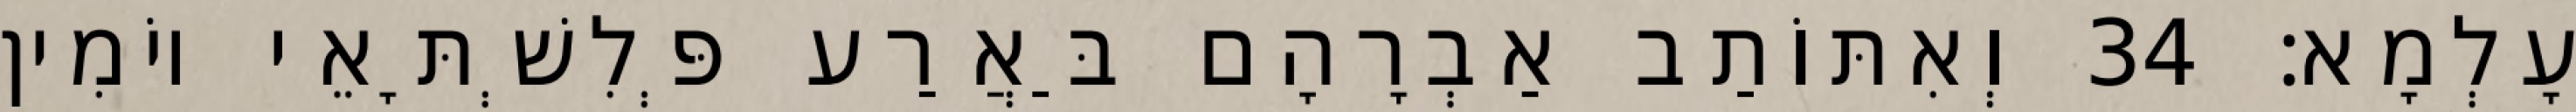
עָלְמָא׃ 34 וְאִתּוֹתַב אַבְרָהָם בַּאֲרַע פְּלִשְׁתָּאֵי יוֹמִין